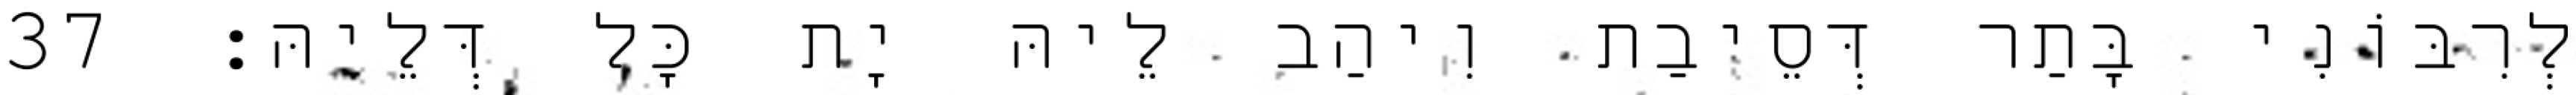
לְרִבּוֹנִי בָּתַר דְּסֵיבַת וִיהַב לֵיהּ יָת כָּל דְּלֵיהּ׃ 37